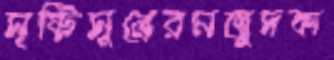
সৃষ্টিসূত্রেরমজুদকা